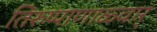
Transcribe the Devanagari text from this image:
तिरुप्पाणाळ्वार्